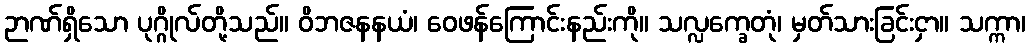
ဉာဏ်ရှိသော ပုဂ္ဂိုလ်တို့သည်။ ဝိဘဇနနယံ၊ ဝေဖန်ကြောင်းနည်းကို။ သလ္လက္ခေတုံ၊ မှတ်သားခြင်းငှာ။ သက္ကာ၊